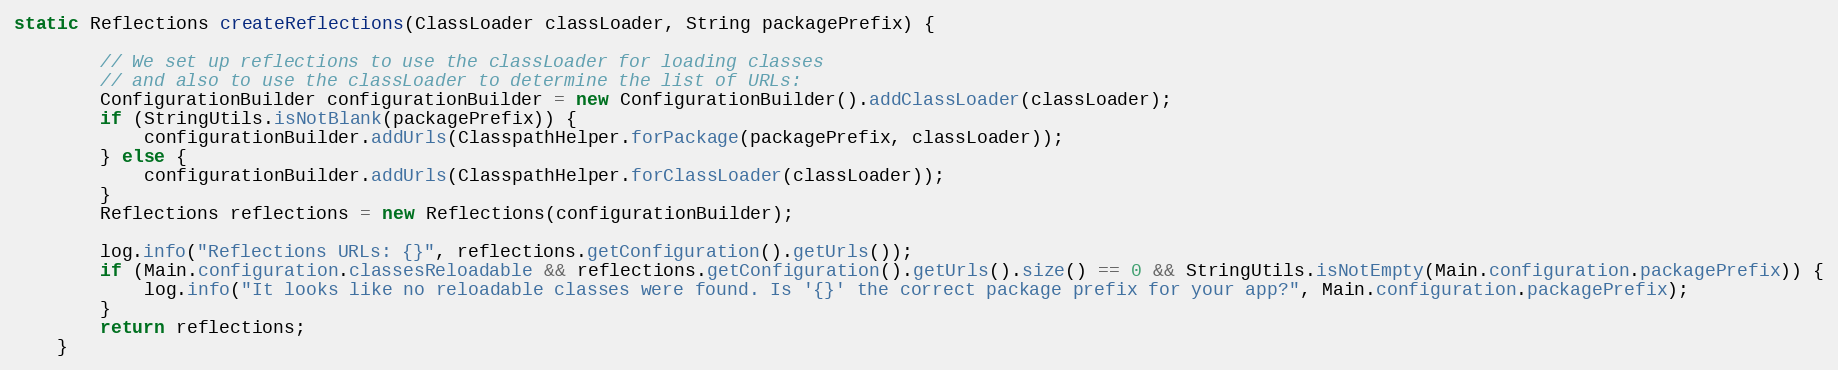
Language: Java
static Reflections createReflections(ClassLoader classLoader, String packagePrefix) {

        // We set up reflections to use the classLoader for loading classes
        // and also to use the classLoader to determine the list of URLs:
        ConfigurationBuilder configurationBuilder = new ConfigurationBuilder().addClassLoader(classLoader);
        if (StringUtils.isNotBlank(packagePrefix)) {
            configurationBuilder.addUrls(ClasspathHelper.forPackage(packagePrefix, classLoader));
        } else {
            configurationBuilder.addUrls(ClasspathHelper.forClassLoader(classLoader));
        }
        Reflections reflections = new Reflections(configurationBuilder);

        log.info("Reflections URLs: {}", reflections.getConfiguration().getUrls());
        if (Main.configuration.classesReloadable && reflections.getConfiguration().getUrls().size() == 0 && StringUtils.isNotEmpty(Main.configuration.packagePrefix)) {
            log.info("It looks like no reloadable classes were found. Is '{}' the correct package prefix for your app?", Main.configuration.packagePrefix);
        }
        return reflections;
    }